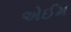
એઈમ